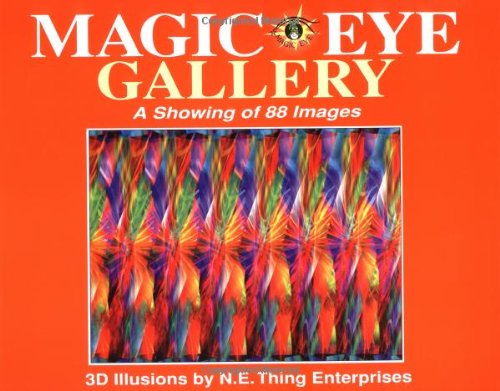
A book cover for Magic Eye Gallery: A Showing Of 88 Images; Magic Eye Inc.; Arts & Photography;